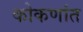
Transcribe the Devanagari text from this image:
कोकणांत